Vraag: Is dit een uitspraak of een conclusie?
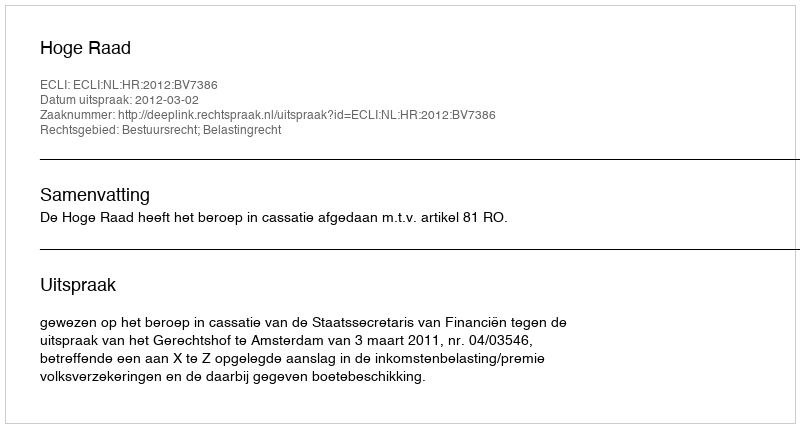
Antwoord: Uitspraak